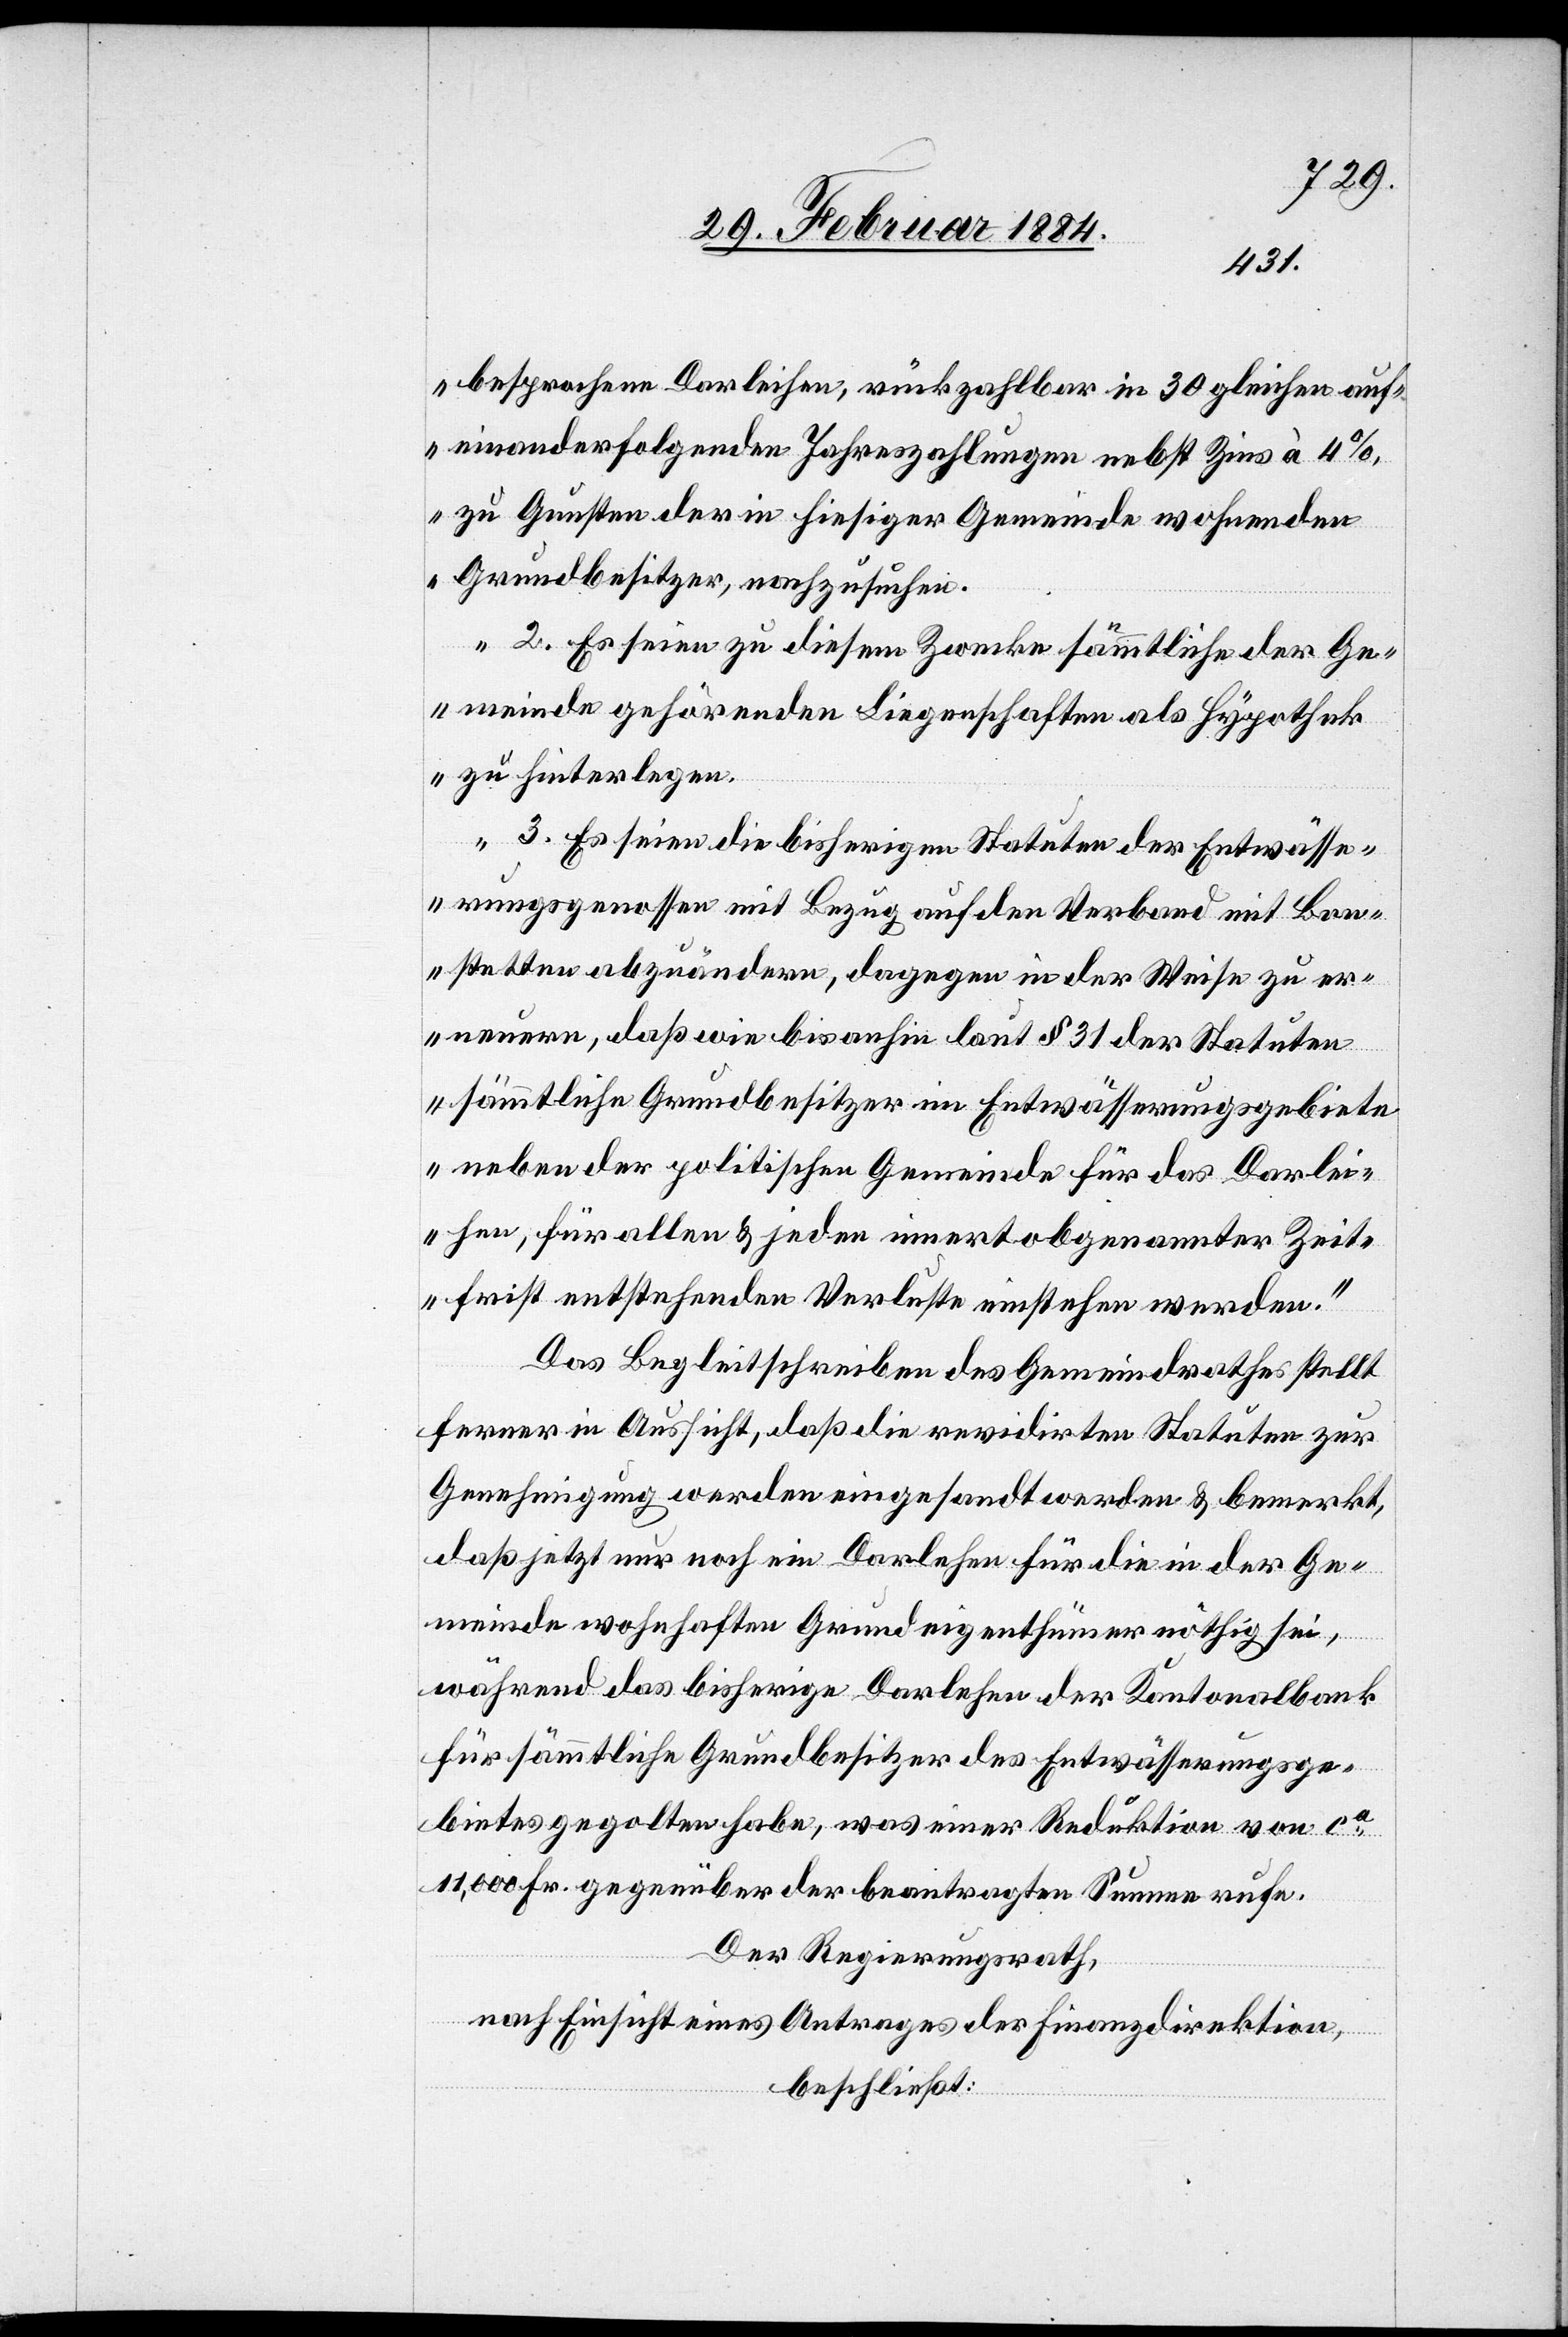
besprochene Darleihen, rückzahlbar in 30 gleichen auf¬
einanderfolgenden Jahreszahlungen nebst Zins à 4%
zu Gunsten der in hiesiger Gemeinde wohnenden
Grundbesitzer, nachzusuchen.
2. Es seien zu diesem Zwecke sämmtliche der Ge¬
meinde gehörenden Liegenschaften als Hypothek
zu hinterlegen.
3. Es seien die bisherigen Statuten der Entwässe¬
rungsgenossen mit Bezug auf den Verband mit Bon¬
stetten abzuändern, dagegen in der Weise zu er¬
neuern, daß wie bis anhin laut § 31 der Statuten
sämmtliche Grundbesitzer im Entwässerungsgebiete
neben der politischen Gemeinde für das Darlei¬
hen für alle & jeden innert obgenannter Zeit¬
frist entstehenden Verlusten einstehen werden.“
Das Begleitschreiben des Gemeinderathes stellt
ferner in Aussicht, daß die revidirten Statuten zur
Genehmigung werden eingesandt werden & bemerkt,
daß jetzt nur noch ein Darlehen für die in der Ge¬
meinde wohnhaften Grundeigenthümer nöthig sei,
während das bisherige Darlehen der Kantonalbank
für sämmtliche Grundbesitzer des Entwässerungsge¬
bietes gegolten habe, was einer Reduktion von ca
11,000 Fr. gegenüber der beantragten Summe rufe.
Der Regierungsrath,
nach Einsicht eines Antrages der Finanzdirektion,
beschließt: